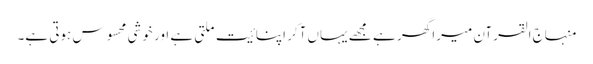
منہاج القرآن میرا گھر ہے مجھے یہاں آکر اپنائیت ملتی ہے اور خوشی محسوس ہوتی ہے۔